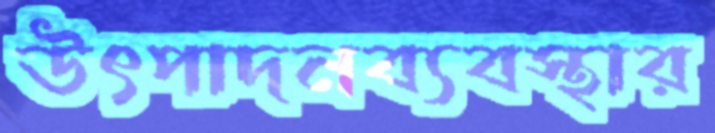
উৎপাদনব্যবস্থার